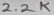
Text: 2.2K